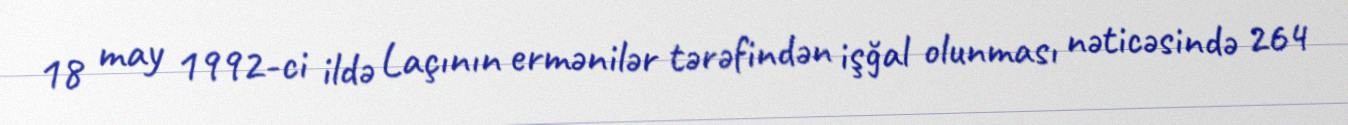
18 may 1992-ci ildə Laçının ermənilər tərəfindən işğal olunması nəticəsində 264